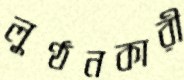
লুণ্ঠনকারী